Lunatic asylums in Bengal annual reports 1912-1924 - 1912-1924
Year: 1912
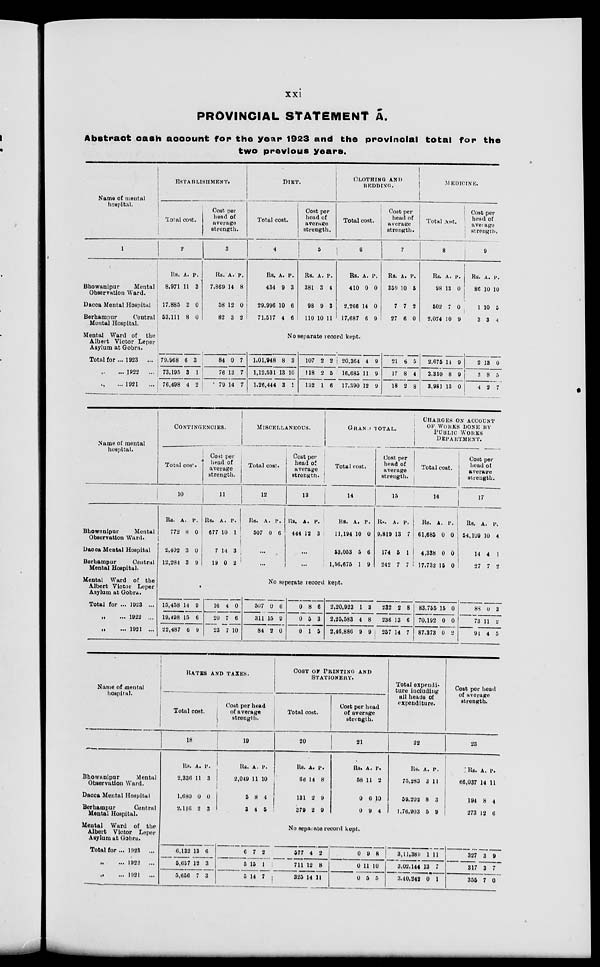
xxi
PROVINCIAL STATEMENT A.
Abstract cash account for the year 1923 and the provincial total for the
two previous years.
Name of mental
hospital.
1
Bhowanipur
Mental
Observation Ward.
Dacca Mental Hospital
Berhampur
Central
Mental Hospital.
Mental Ward of
the
Albert Victor Leper
Asylum at Gobra.
Total for ... 1923
...
„
...
1922
...
„ ... 1921 ...
ESTABLISHMENT.
Total cost.
2
Rs.
8,971
17,885
53,111
A.
11
3
8
P.
3
0
0
Cost per
head of
average
strength.
3
Rs.
7,869
58
82
A.
14
12
3
P.
8
0
2
DIET.
Total cost.
4
Rs.
434
29,996
71,517
A.
9
10
4
P.
3
6
6
Cost per
head of
average
strength.
5
Rs.
381
98
110
A.
3
9
10
P.
4
3
11
CLOTHING AND
BEDDING.
Total cost.
6
Rs.
410
2,266
17,687
A.
0
14
6
P.
0
0
9
Cost per
head of
average
strength.
7
Rs.
359
7
27
A.
10
7
6
P.
5
2
0
MEDICINE.
Total cost.
8
Rs.
98
502
2,074
A.
13
7
10
P.
0
0
9
Cost per
head of
average
strength.
9
Rs.
86
1
3
A.
10
10
3
P.
10
5
4
No separate record kept.
79,668
73,195
76,498
6
3
4
3
1
2
84
76
79
0
13
14
7
7
7
1,01,948
1,12,531
1,26,444
8
13
3
3
10
1
107
118
132
2
2
1
2
5
6
20,364
16,685
17,390
4
11
12
9
9
9
21
17
18
6
8
2
5
4
8
2,675
3,359
3,981
14
8
13
9
9
0
2
3
4
13
8
2
0
5
7
Name of mental
hospital.
Bhowanipur
Mental
Observation Ward.
Dacca Mental Hospital
Berhampur
Central
Mental Hospital.
Mental Ward of the
Albert Victor Leper
Asylum at Gobra.
Total for ... 1923 ...
„
... 1922 ...
„
... 1921 ...
CONTINGENCIES.
Total cost.
10
Rs.
772
2,402
12,284
A.
8
3
3
P.
0
0
9
Cost per
head of
average
strength.
11
Rs.
677
7
19
A.
10
14
0
P.
1
3
2
MISCELLANEOUS.
Total cost.
12
Rs.
507
A.
0
P.
6
...
...
Cost per
head of
average
strength.
13
Rs.
444
A.
12
P.
3
...
...
GRAND TOTAL.
Total cost.
14
Rs.
11,194
53,053
1,56,675
A.
10
5
1
P.
0
6
9
Cost per
head of
average
strength.
15
Rs.
9,819
174
242
A.
13
5
7
P.
7
1
7
CHARGES ON ACCOUNT
OF WORKS DONE BY
PUBLIC WORKS
DEPARTMENT.
Total cost.
16
Rs.
61,685
4,338
17,732
A.
0
0
15
P.
0
0
0
Cost per
head of
average
strength.
17
Rs.
54,109
14
27
A.
10
4
7
P.
4
1
2
No seperate record kept.
15,458
19,498
22,487
14
15
6
9
6
9
16
20
23
4
7
7
0
6
10
507
311
84
0
15
2
6
9
0
0
0
0
8
5
1
6
3
5
2,20,923
2,25,583
2,46,886
1
4
9
3
8
9
232
236
257
2
13
14
8
6
7
83,755
70,192
87,373
15
0
0
0
0
2
88
73
91
0
11
4
3
2
5
Name of mental
hospital.
Bhowanipur
Mental
Observation Ward.
Dacca Mental Hospital
Berhampur
Central
Mental Hospital.
Mental Ward of the
Albert Victor Leper
Asylum at Gobra.
Total for ... 1923
...
„
... 1922
...
„
... 1921
...
RATES AND TAXES.
Total cost.
18
Rs.
2,336
1,680
2,116
A.
11
0
2
P.
3
0
3
Cost per head
of average
strength.
19
Rs.
2,049
5
3
A.
11
8
4
P.
10
4
5
COST OF PRINTING AND
STATIONERY.
Total cost.
20
Rs.
66
131
379
A.
14
2
2
P.
8
9
9
Cost per head
of average
strength.
21
Rs.
58
0
0
A.
11
6
9
P.
2
10
4
Total expendi-
ture including
all heads of
expenditure.
22
Rs.
75,283
59,202
1,76,903
A.
3
8
5
P.
11
3
9
Cost per head
of average
strength.
23
Rs.
66,037
194
273
A.
14
8
12
P.
11
4
6
No separate record kept.
6,132
5,657
5,656
13
12
7
6
3
3
6
5
5
7
15
14
2
1
7
577
711
325
4
12
14
2
8
11
0
0
0
9
11
5
8
10
5
3,11,389
3,02,144
3,40,242
1
13
0
11
7
1
327
317
355
3
3
7
9
7
0